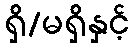
ရှိ/မရှိနှင့်